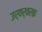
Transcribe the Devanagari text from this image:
उर्वर्वरक